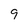
Character: 9